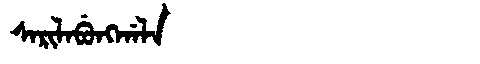
Manchu: ᠰᠠᡵᡳᠯᠠᠪᡠᠩᡤᠠᠯᠠ
Romanization: SARILABUNGGALA